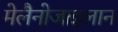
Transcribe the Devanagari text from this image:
मेलैनोजाइलान